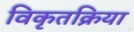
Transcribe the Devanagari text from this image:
विकृतक्रिया